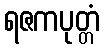
ရဇကပုတ္တံ